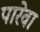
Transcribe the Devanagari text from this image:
पारेवा